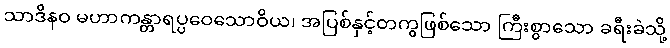
သာဒိနဝ မဟာကန္တာရပ္ပဝေသောဝိယ၊ အပြစ်နှင့်တကွဖြစ်သော ကြီးစွာသော ခရီးခဲသို့